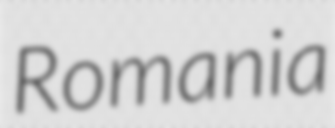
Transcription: Romania